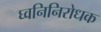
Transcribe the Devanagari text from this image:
घ्वनिनिरोधक